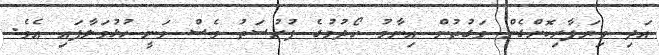
އަދި ވިޔަފާރިކޮށްގެން ވަގުތުން އިނާމު ހޯދުމުގެ ފުރުސަތު ވެސް ވަނީ ހުޅުވަލާފައި އެވެ.